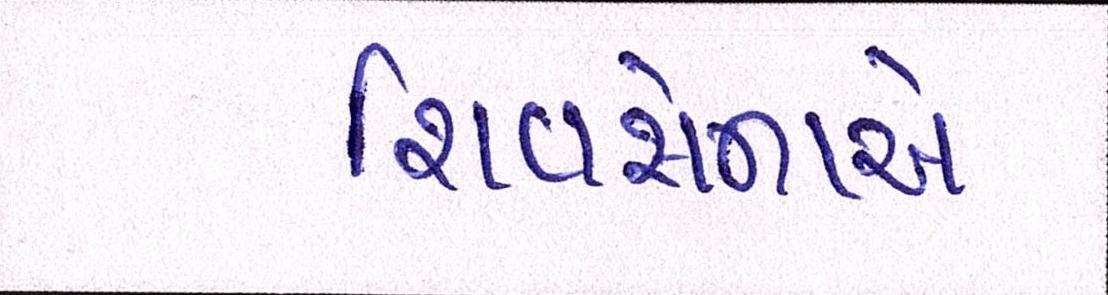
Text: શિવસેનાએ